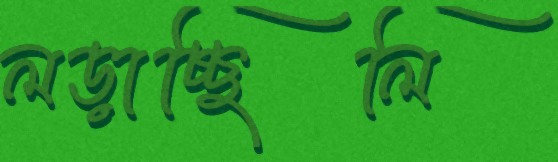
লড়াচ্ছিলি